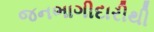
જનભાગીદારીથી